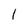
Character: 1